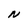
Character: N